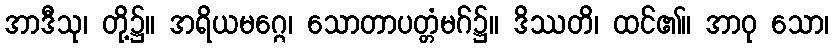
အာဒီသု၊ တို့၌။ အရိယမဂ္ဂေ၊ သောတာပတ္တံမဂ်၌။ ဒိဿတိ၊ ထင်၏။ အာဝု သော၊